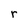
Character: r